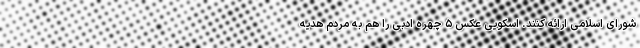
شورای اسلامی ارائه کنند. اسکویی عکس‌ ۵ چهره ادبی را هم به مردم هدیه